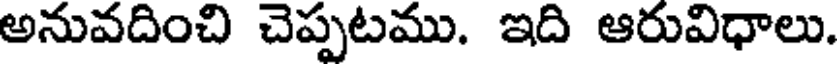
అనువదించి చెప్పటము. ఇది ఆరువిధాలు.